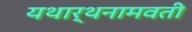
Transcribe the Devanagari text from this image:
यथार्थनामवती